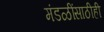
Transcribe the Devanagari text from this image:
मंडळींसाठीही